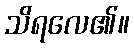
သိရလေ၏။